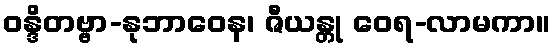
ဝန္ဒိတဗ္ဗာ-နုဘာဝေန၊ ဇီယန္တု ဝေရ-လာမကာ။